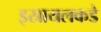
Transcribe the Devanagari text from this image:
इस्रायलकडे